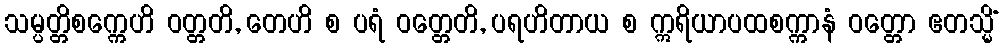
သမ္ပတ္တိစက္ကေဟိ ဝတ္တတိ, တေဟိ စ ပရံ ဝတ္တေတိ, ပရဟိတာယ စ ဣရိယာပထစက္ကာနံ ဝတ္တော ဧတသ္မိံ